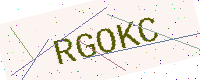
Text: RGOKC